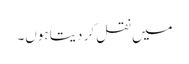
میں نقل کر دیتا ہوں۔